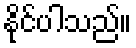
နိုင်ပါသည်။